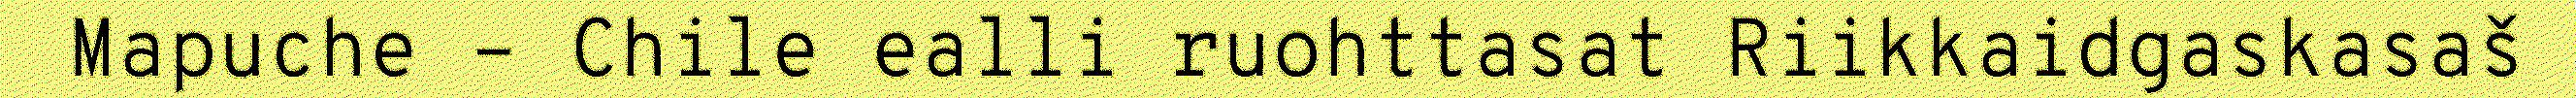
Mapuche – Chile ealli ruohttasat Riikkaidgaskasaš